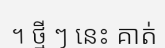
។ ថ្មី ៗ នេះ គាត់